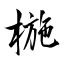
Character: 椸